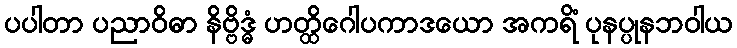
ပပါတာ ပညာဝိဓာ နိဗ္ဗိဒ္ဓံ ဟတ္ထိဂေါပကာဒယော အကရိံ ပုနပ္ပုနဘဝါယ